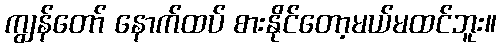
ကျွန်တော် နောက်ထပ် စားနိုင်တော့မယ်မထင်ဘူး။